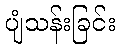
ပျံသန်းခြင်း